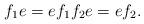
LaTeX: \begin{align*}f_1e=ef_1 f_2e=ef_2.\end{align*}